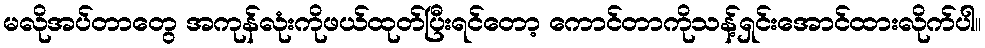
မလိုအပ်တာတွေ အကုန်လုံးကိုဖယ်ထုတ်ပြီးရင်တော့ ကောင်တာကိုသန့်ရှင်းအောင်ထားလိုက်ပါ။